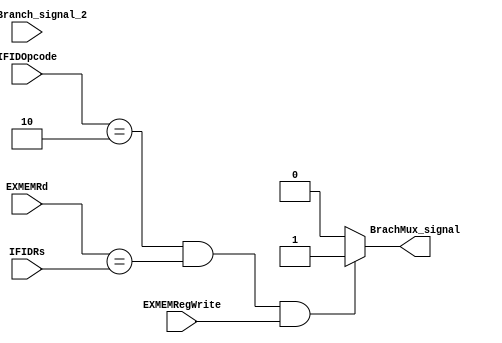
`timescale 1ns / 1ps
//////////////////////////////////////////////////////////////////////////////////
// Company: 
// Engineer: 
// 
// Design Name: 
// Module Name: Branch_Mux
// Project Name: 
// Target Devices: 
// Tool Versions: 
// Description: 
// 
// Dependencies: 
// 
// Revision:
// Revision 0.01 - File Created
// Additional Comments:
// 
//////////////////////////////////////////////////////////////////////////////////


module Branch_Forwarding(J_JR_Branch_signal_2,IFIDRs,EXMEMRd,IFIDOpcode,EXMEMRegWrite,BrachMux_signal);
    input [4:0]IFIDRs,EXMEMRd;
    input [5:0]IFIDOpcode;
    input EXMEMRegWrite;
    input [1:0] J_JR_Branch_signal_2;
    output reg BrachMux_signal;
   // output reg PCWrite,ControlMux,IFIDWrite;
    
    always@(J_JR_Branch_signal_2,IFIDRs,EXMEMRd,IFIDOpcode,EXMEMRegWrite) begin 
        /*if(IFIDOpcode==6'b000010 && J_JR_Branch_signal_2!==2'b01)begin
                        PCWrite <=0;
                        ControlMux<=0;
                        IFIDWrite<=0;
        end*/
        if(IFIDOpcode==6'b000010 && EXMEMRd==IFIDRs && EXMEMRegWrite==1) begin
            
             BrachMux_signal<=1;
          
        
        end
        
        else begin
            BrachMux_signal<=0;
        end
        
    end
endmodule